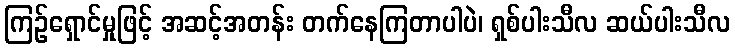
ကြဉ်ရှောင်မှုဖြင့် အဆင့်အတန်း တက်နေကြတာပါပဲ၊ ရှစ်ပါးသီလ ဆယ်ပါးသီလ